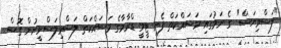
"ލަސްވިޔަސް" ގެ ނަމުގައި މަސައްކަތް ފެށި ޓީވީ ޑްރާމާގެ މަސައްކަތް ލަސްވިލަސްވީނުން ގޮސް